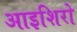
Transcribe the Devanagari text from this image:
आइशिरो